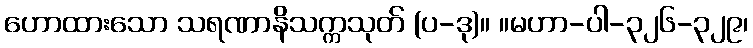
ဟောထားသော သရဏာနိသက္ကသုတ် (ပ-ဒု)။ ။မဟာ-ပါ-၃၂၆-၃၂၉၊